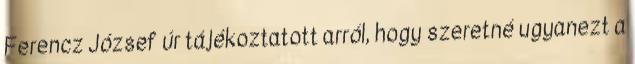
Ferencz József úr tájékoztatott arról, hogy szeretné ugyanezt a